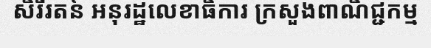
សិរីរតន៍ អនុរដ្ឋលេខាធិការ ក្រសួងពាណិជ្ជកម្ម